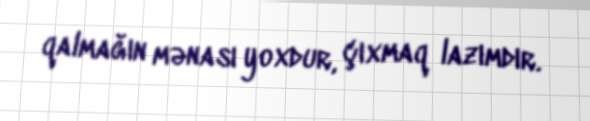
qalmağın mənası yoxdur, çıxmaq lazımdır.